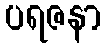
ပရဇနာ